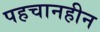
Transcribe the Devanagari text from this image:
पहचानहीन